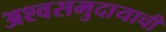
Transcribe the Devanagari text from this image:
अश्वसमुदायाची